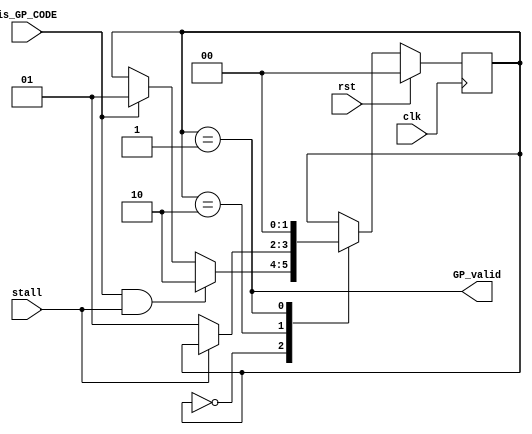
//FSM that correctly toggles GPValid only once
module GPValid ( input clk,
		 input rst,
		 input stall,
		 input is_GP_CODE,
		 output GP_valid);

   localparam LOW = 2'b00;
   localparam HIGH = 2'b01;
   localparam WAIT_STALL_LOW = 2'b10;
   

   reg [1:0] 		curState, nextState;

   always@(posedge clk) begin
      if (rst) begin
	 curState <= LOW;
      end else begin
	 curState <= nextState;
      end
   end

   always@(*) begin
      nextState = curState;
      case (curState)
	LOW: begin
	   if (is_GP_CODE & stall)
	     nextState = WAIT_STALL_LOW;
	   else 
	     nextState = (is_GP_CODE)? HIGH: curState;
	end

	WAIT_STALL_LOW: begin
	   nextState = (!stall)? HIGH: curState;
	end
	  
	HIGH: begin
	   nextState = LOW;
	end

      endcase // case (curState)

   end // always@ (*)

   assign GP_valid = (curState == HIGH);
   
endmodule // GPValid